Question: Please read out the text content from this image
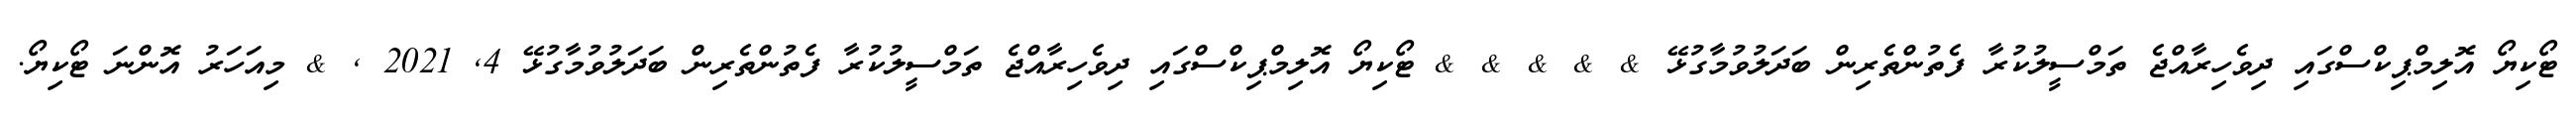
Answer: ޓޯކިޔޯ އޮލިމްޕިކްސްގައި ދިވެހިރާއްޖެ ތަމްސީލުކުރާ ފެތުންތެރިން ބަދަލުވުމާގުޅޭ & & & & & ޓޯކިޔޯ އޮލިމްޕިކްސްގައި ދިވެހިރާއްޖެ ތަމްސީލުކުރާ ފެތުންތެރިން ބަދަލުވުމާގުޅޭ 4, 2021 , & މިއަހަރު އޮންނަ ޓޯކިޔޯ.